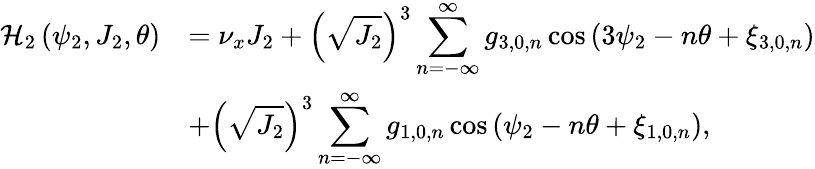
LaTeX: \begin{array}{cl}{\displaystyle\mathcal{H}_{2}\left(\psi_{2},J_{2},\theta\right)}&{=\displaystyle\nu_{x}J_{2}+\left(\sqrt{J_{2}}\right)^{3}\sum_{n=-\infty}^{\infty}{g_{3,0,n}\cos{\left(3\psi_{2}-n\theta+\xi_{3,0,n}\right)}}}\\ &{\displaystyle+\left(\sqrt{J_{2}}\right)^{3}\sum_{n=-\infty}^{\infty}{g_{1,0,n}\cos{\left(\psi_{2}-n\theta+\xi_{1,0,n}\right)}},}\end{array}